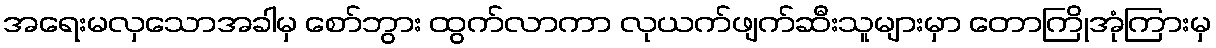
အရေးမလှသောအခါမှ စော်ဘွား ထွက်လာကာ လုယက်ဖျက်ဆီးသူများမှာ တောကြိုအုံကြားမှ